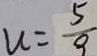
u = \frac { 5 } { 9 }